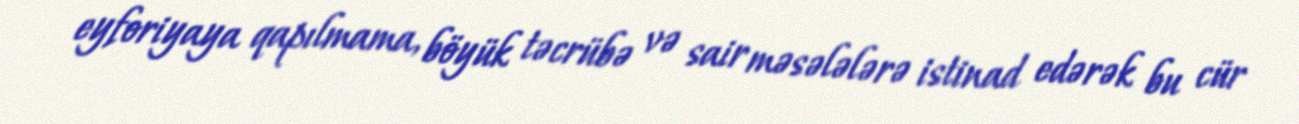
eyforiyaya qapılmama, böyük təcrübə və sair məsələlərə istinad edərək bu cür